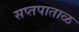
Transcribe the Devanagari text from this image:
सप्तपाताळ